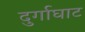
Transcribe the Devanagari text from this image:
दुर्गाघाट